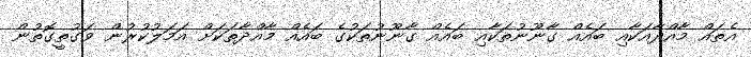
އެތައް މާއްދާއަކާއި ބައެއް ގާނޫނުތަކާއި ބައެއް ގާނޫނުތަކުގެ ބައެއް މާއްދާތަކަށް އަމަލުކުރުން ވަގުތީގޮތުން